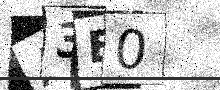
Text: A3E0